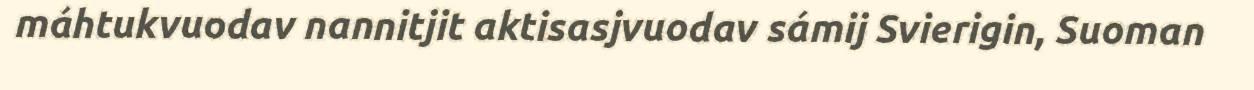
máhtukvuodav nannitjit aktisasjvuodav sámij Svierigin, Suoman